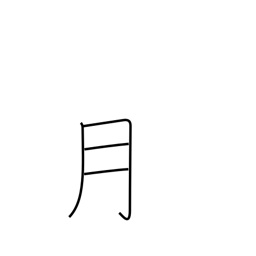
Meaning: month